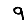
Digit: 9